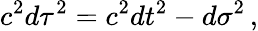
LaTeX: c^{2}d\tau^{2}=c^{2}dt^{2}-d\sigma^{2}\, ,